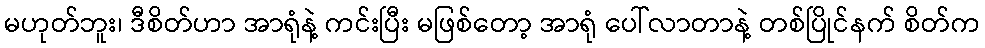
မဟုတ်ဘူး၊ ဒီစိတ်ဟာ အာရုံနဲ့ ကင်းပြီး မဖြစ်တော့ အာရုံ ပေါ်လာတာနဲ့ တစ်ပြိုင်နက် စိတ်က